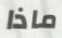
ماذا